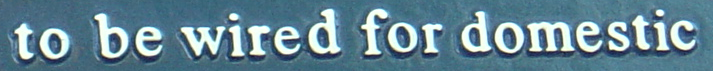
to be wired for domestic